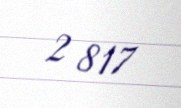
2 817